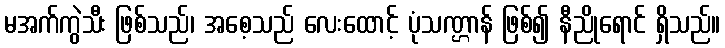
မအက်ကွဲသီး ဖြစ်သည်၊ အစေ့သည် လေးထောင့် ပုံသဏ္ဌာန် ဖြစ်၍ နီညိုရောင် ရှိသည်။